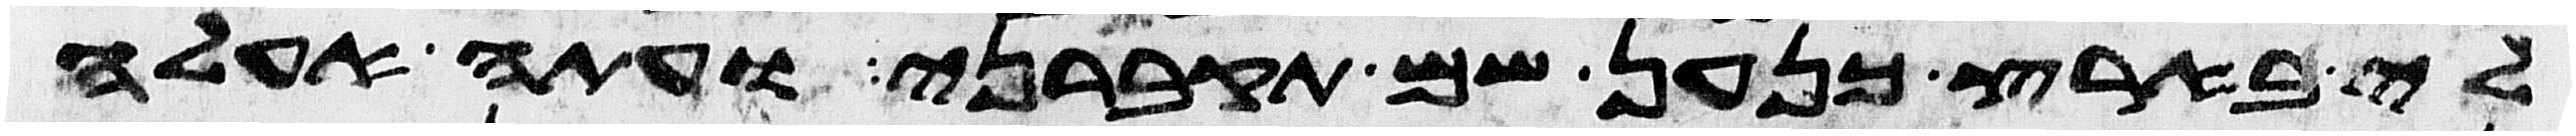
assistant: לי בארץ כנען שם תקברני ועתה אעלה